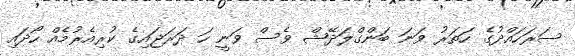
ސަރަހައްދުގެ ހަތަރު ވަނަ ބަންގްލަދޭޝް ވެސް ވަނީ ހަ ދަރަޖައިގެ ކުރިއެރުމެއް ހޯދައި